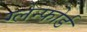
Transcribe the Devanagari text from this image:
ग्लेन्फोर्ड